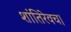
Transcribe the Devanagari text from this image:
शांतिरेवच।